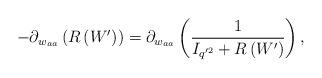
LaTeX: \begin{align*} -\partial_{w_{aa}} \left(R\left(W'\right)\right)=\partial_{w_{aa}}\left(\frac{1}{I_{q'^{2}}+R\left(W'\right) }\right), \end{align*}